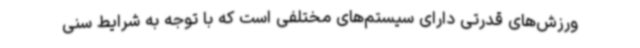
ورزش‌های قدرتی دارای سیستم‌های مختلفی است که با توجه به شرایط سنی